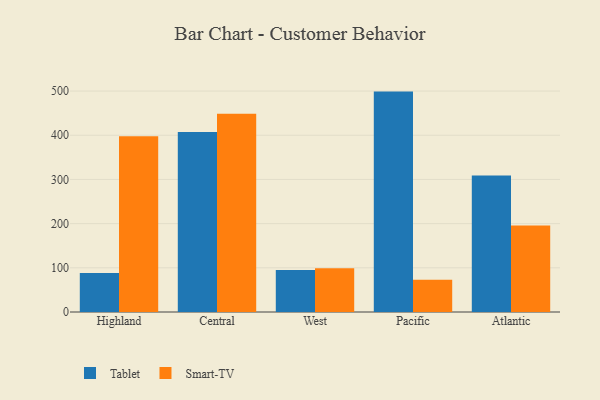
{"axis": {"x": "Region", "y": "Revenue (USD Million)"}, "legend": ["Smart-TV", "Tablet"], "data": [{"x": "Highland", "y": 88.0, "type": "Tablet"}, {"x": "Highland", "y": 397.6, "type": "Smart-TV"}, {"x": "Central", "y": 407.2, "type": "Tablet"}, {"x": "Central", "y": 448.6, "type": "Smart-TV"}, {"x": "West", "y": 95.0, "type": "Tablet"}, {"x": "West", "y": 99.0, "type": "Smart-TV"}, {"x": "Pacific", "y": 498.8, "type": "Tablet"}, {"x": "Pacific", "y": 73.0, "type": "Smart-TV"}, {"x": "Atlantic", "y": 309.0, "type": "Tablet"}, {"x": "Atlantic", "y": 195.6, "type": "Smart-TV"}]}